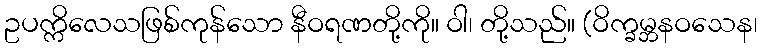
ဥပက္ကိလေသဖြစ်ကုန်သော နီဝရဏတို့ကို။ ဝါ၊ တို့သည်။ (ဝိက္ခမ္ဘနဝသေန၊